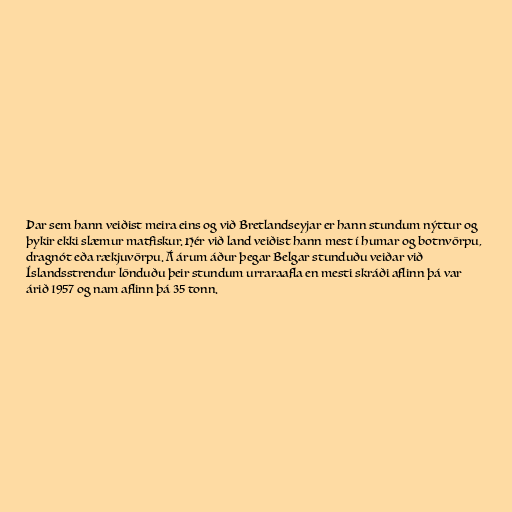
Þar sem hann veiðist meira eins og við Bretlandseyjar er hann stundum nýttur og
þykir ekki slæmur matfiskur. Hér við land veiðist hann mest í humar og botnvörpu,
dragnót eða rækjuvörpu. Á árum áður þegar Belgar stunduðu veiðar við
Íslandsstrendur lönduðu þeir stundum urraraafla en mesti skráði aflinn þá var
árið 1957 og nam aflinn þá 35 tonn.